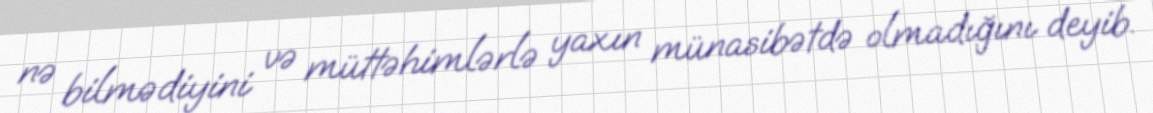
nə bilmədiyini və müttəhimlərlə yaxın münasibətdə olmadığını deyib.